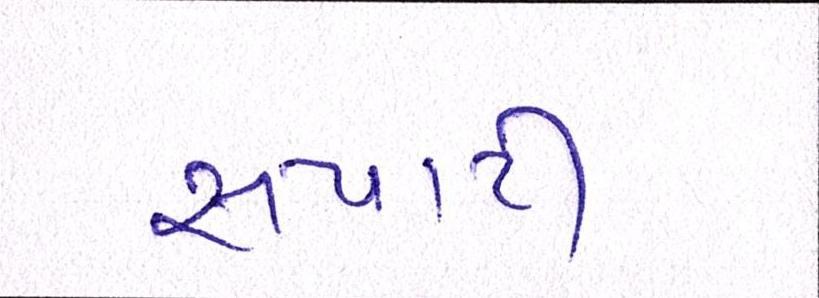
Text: સપાટી